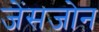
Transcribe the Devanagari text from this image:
जेंसजोन